Etiology and epidemiology of plague
Disease focus: Plague
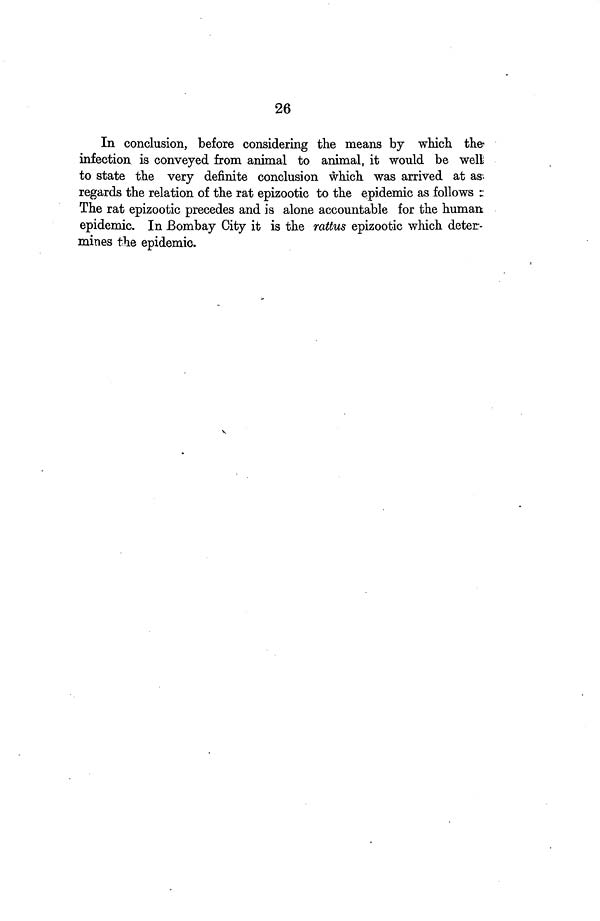
26
In conclusion, before considering the means by which the
infection is conveyed from animal to animal, it would be well
to state the very definite conclusion which was arrived at as
regards the relation of the rat epizootic to the epidemic as follows
The rat epizootic precedes and is alone accountable for the human
epidemic. In Bombay City it is the rattus epizootic which deter-
mines the epidemic.